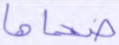
ضحاها